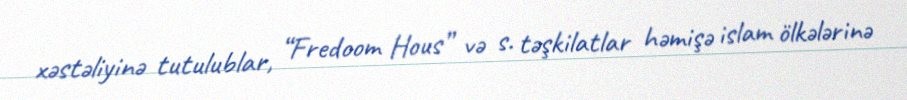
xəstəliyinə tutulublar, “Fredoom Hous” və s. təşkilatlar həmişə islam ölkələrinə